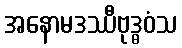
အနောမဒဿီဗုဒ္ဓဝံသ